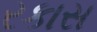
રકાસ